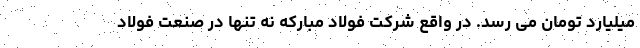
میلیارد تومان می رسد. در واقع شرکت فولاد مبارکه نه تنها در صنعت فولاد